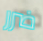
ضرر